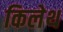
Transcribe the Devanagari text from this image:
किलेथ